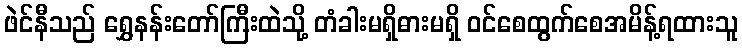
ဖဲင်နီသည် ရွှေနန်းတော်ကြီးထဲသို့ တံခါးမရှိဓားမရှိ ဝင်စေထွက်စေအမိန့်ရထားသူ